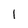
Character: 1